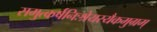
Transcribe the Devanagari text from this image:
समुत्कर्षनिःश्रेयस्यैकमुग्रम्‌